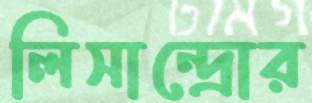
লিসান্দ্রোর